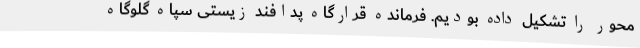
محور را تشکیل داده بودیم. فرمانده قرارگاه پدافند زیستی سپاه گلوگاه